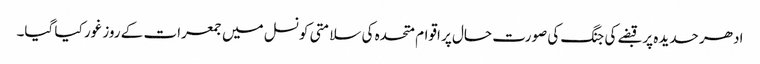
ادھر حدیدہ پر قبضے کی جنگ کی صورت حال پر اقوام متحدہ کی سلامتی کونسل میں جمعرات کے روز غور کیا گیا۔